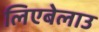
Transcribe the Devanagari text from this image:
लिएबेलाउ